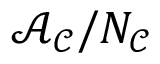
\mathcal { A } _ { \mathcal { C } } / N _ { \mathcal { C } }